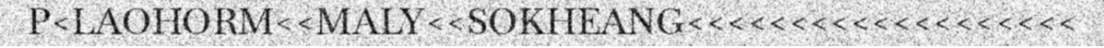
P<LAOHORM<<MALY<<SOKHEANG<<<<<<<<<<<<<<<<<<<